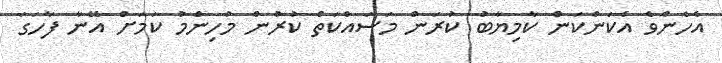
އެހެންވެ އެކަންކަން ކާމިޔާބު ކުރަން މަސައްކަތް ކުރުން މުހިންމު ކަމަށް އޭނާ ފާހަގަ